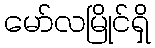
မော်လမြိုင်ရှိ